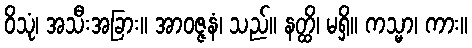
ဝိသုံ၊ အသီးအခြား။ အာဝဇ္ဇနံ၊ သည်။ နတ္ထိ၊ မရှိ။ ကသ္မာ၊ ကား။